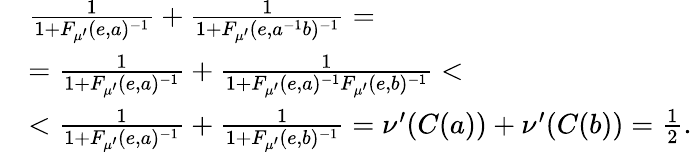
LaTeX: \begin{array}{rl}&{\frac{1}{1+F_{\mu^{\prime}}(e,a)^{-1}}+\frac{1}{1+F_{\mu^{\prime}}(e,a^{-1}b)^{-1}}=}\\ &{=\frac{1}{1+F_{\mu^{\prime}}(e,a)^{-1}}+\frac{1}{1+F_{\mu^{\prime}}(e,a)^{-1}F_{\mu^{\prime}}(e,b)^{-1}}<}\\ &{<\frac{1}{1+F_{\mu^{\prime}}(e,a)^{-1}}+\frac{1}{1+F_{\mu^{\prime}}(e,b)^{-1}}=\nu^{\prime}(C(a))+\nu^{\prime}(C(b))=\frac{1}{2}.}\end{array}